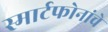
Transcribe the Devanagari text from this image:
स्मार्टफोनांचे